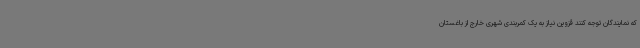
که نمایندگان توجه کنند قزوین نیاز به یک کمربندی شهری خارج از باغستان